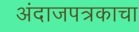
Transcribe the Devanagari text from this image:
अंदाजपत्रकाचा